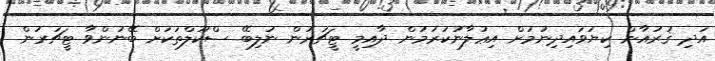
އަދި ޤުރުއާން ކިޔަވައިދިނުމަށް އިޢުލާނުކުރުމުން ދާއިމީ ޓީޗަރުން ނުލިބޭ ސްކޫލްތަކަށް ބޭނުންވާ ޓީޗަރުން